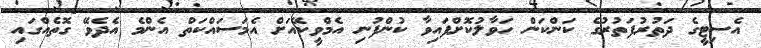
އެސިޓީގެ ދަތުރުފަތުރުގެ ކަންކަން ހަވާލުކޮށްފައިވާ ކުންފުނި އެމްވީކޭއަށް އެމަސައްކަތް އެންމެ އެދެވޭ ގޮތެއްގައި